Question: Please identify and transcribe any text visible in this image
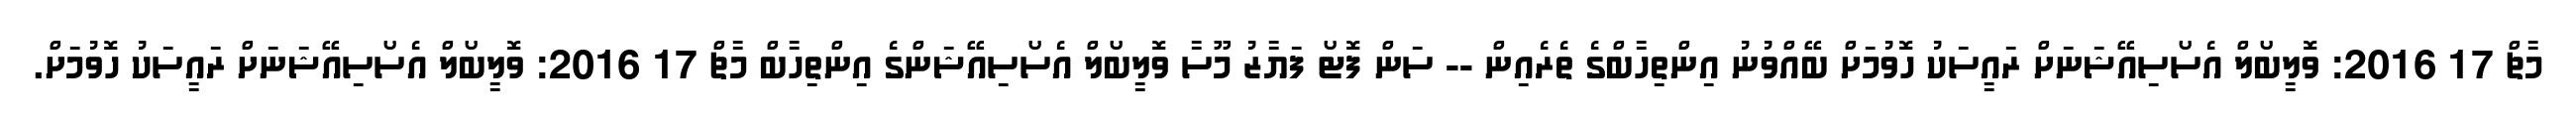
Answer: މާޗް 17 2016: ވޮލީބޯލް އެސޯސިއޭޝަނަށް ރައީސަކު ހޮވުމަށް ބޭއްވުނު އިންތިހާބްގެ ތެރެއިން -- ސަން ފޮޓޯ ފަޔާޒު މޫސާ ވޮލީބޯލް އެސޯސިއޭޝަންގެ އިންތިހާބް މާޗް 17 2016: ވޮލީބޯލް އެސޯސިއޭޝަނަށް ރައީސަކު ހޮވުމަށް.